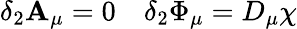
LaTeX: \delta_{2}\mathbf{A}_{\mu}=0\quad\delta_{2}\Phi_{\mu}=D_{\mu}\chi